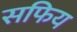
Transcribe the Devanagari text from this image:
सफिय